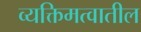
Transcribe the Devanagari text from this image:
व्यक्तिमत्वातील